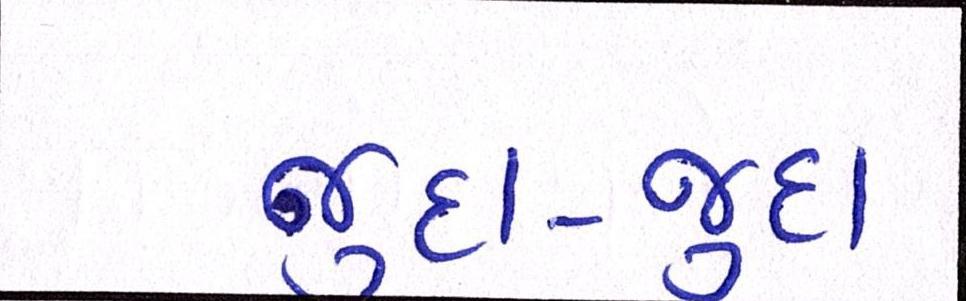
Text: જુદા-જુદા